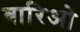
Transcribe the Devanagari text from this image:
बारिओ